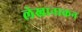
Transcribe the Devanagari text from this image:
लेखानाकन